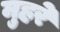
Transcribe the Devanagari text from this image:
मुहरे